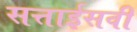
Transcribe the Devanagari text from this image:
सत्ताईसवीं